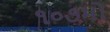
૧૦૭મો